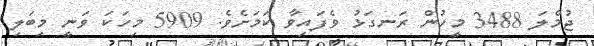
ޖުމްލަ 3488 މީހުން ރަނގަޅު ވެފައިވާ ކަމަށެވެ. 5909 މިހަކަ ވަނީ މިބަލި